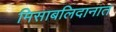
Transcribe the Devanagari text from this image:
मिसाबलिदानात